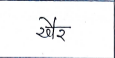
मजकूर: खैर